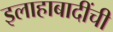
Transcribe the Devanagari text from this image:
इलाहाबादींची